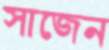
সাজেন